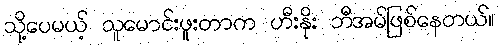
သို့ပေမယ့် သူမောင်းဖူးတာက ဟီးနိုး ဘီအမ်ဖြစ်နေတယ်။